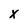
Character: X